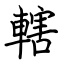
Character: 轄